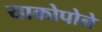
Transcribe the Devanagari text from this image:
याकोपोने